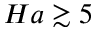
H a \gtrsim 5